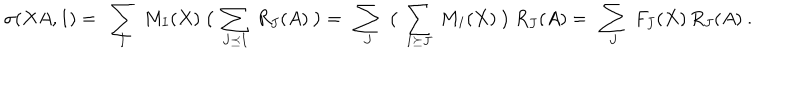
\sigma ( X A , 1 ) = \ \sum _ { I } \ M _ { I } ( X ) \ \big ( \ \sum _ { J \preceq I } \ R _ { J } ( A ) \ \big ) = \ \sum _ { J } \ \big ( \ \sum _ { I \succeq J } \ M _ { I } ( X ) \ \big ) \ R _ { J } ( A ) = \ \sum _ { J } \ F _ { J } ( X ) \, R _ { J } ( A ) \ .